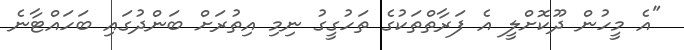
"އެ މީހުން ދޫކޮށްލީ އެ ފަރާތްތަކުގެ ތަހުގީގު ނިމި އިތުރަށް ބަންދުގައި ބަހައްޓާނެ